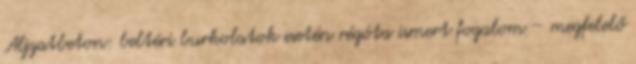
Aljzatbeton: beltéri burkolatok esetén régóta ismert fogalom – megfelelő